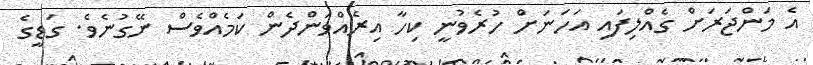
އެ މަންޖަރަށް ގެއްލިފައި އަހަނަށް ހުރެވުނީ ކިހާ އިރެއްވަންދެން ކަމެއްވެސް ނޭގުނެވެ. ގަޑީގެ